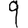
Digit: 9